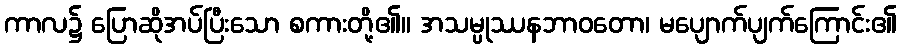
ကာလ၌ ပြောဆိုအပ်ပြီးသော စကားတို့၏။ အသမ္ပုဿနဘာဝတော၊ မပျောက်ပျက်ကြောင်း၏